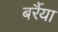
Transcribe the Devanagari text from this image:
बर्रैया